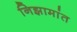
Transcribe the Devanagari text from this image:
निझामांत